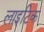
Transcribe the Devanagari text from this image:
लाइटिक